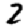
Digit: 2